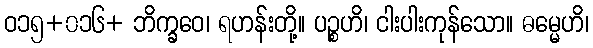
ဝ၁၅+၀၁၆+ ဘိက္ခဝေ၊ ရဟန်းတို့။ ပဉ္စဟိ၊ ငါးပါးကုန်သော။ ဓမ္မေဟိ၊